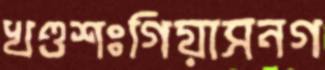
খণ্ডশঃগিয়াসনগ